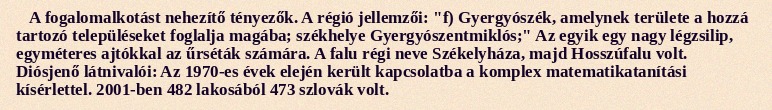
A fogalomalkotást nehezítő tényezők. A régió jellemzői: "f) Gyergyószék, amelynek területe a hozzá tartozó településeket foglalja magába; székhelye Gyergyószentmiklós;" Az egyik egy nagy légzsilip, egyméteres ajtókkal az űrséták számára. A falu régi neve Székelyháza, majd Hosszúfalu volt. Diósjenő látnivalói: Az 1970-es évek elején került kapcsolatba a komplex matematikatanítási kísérlettel. 2001-ben 482 lakosából 473 szlovák volt.